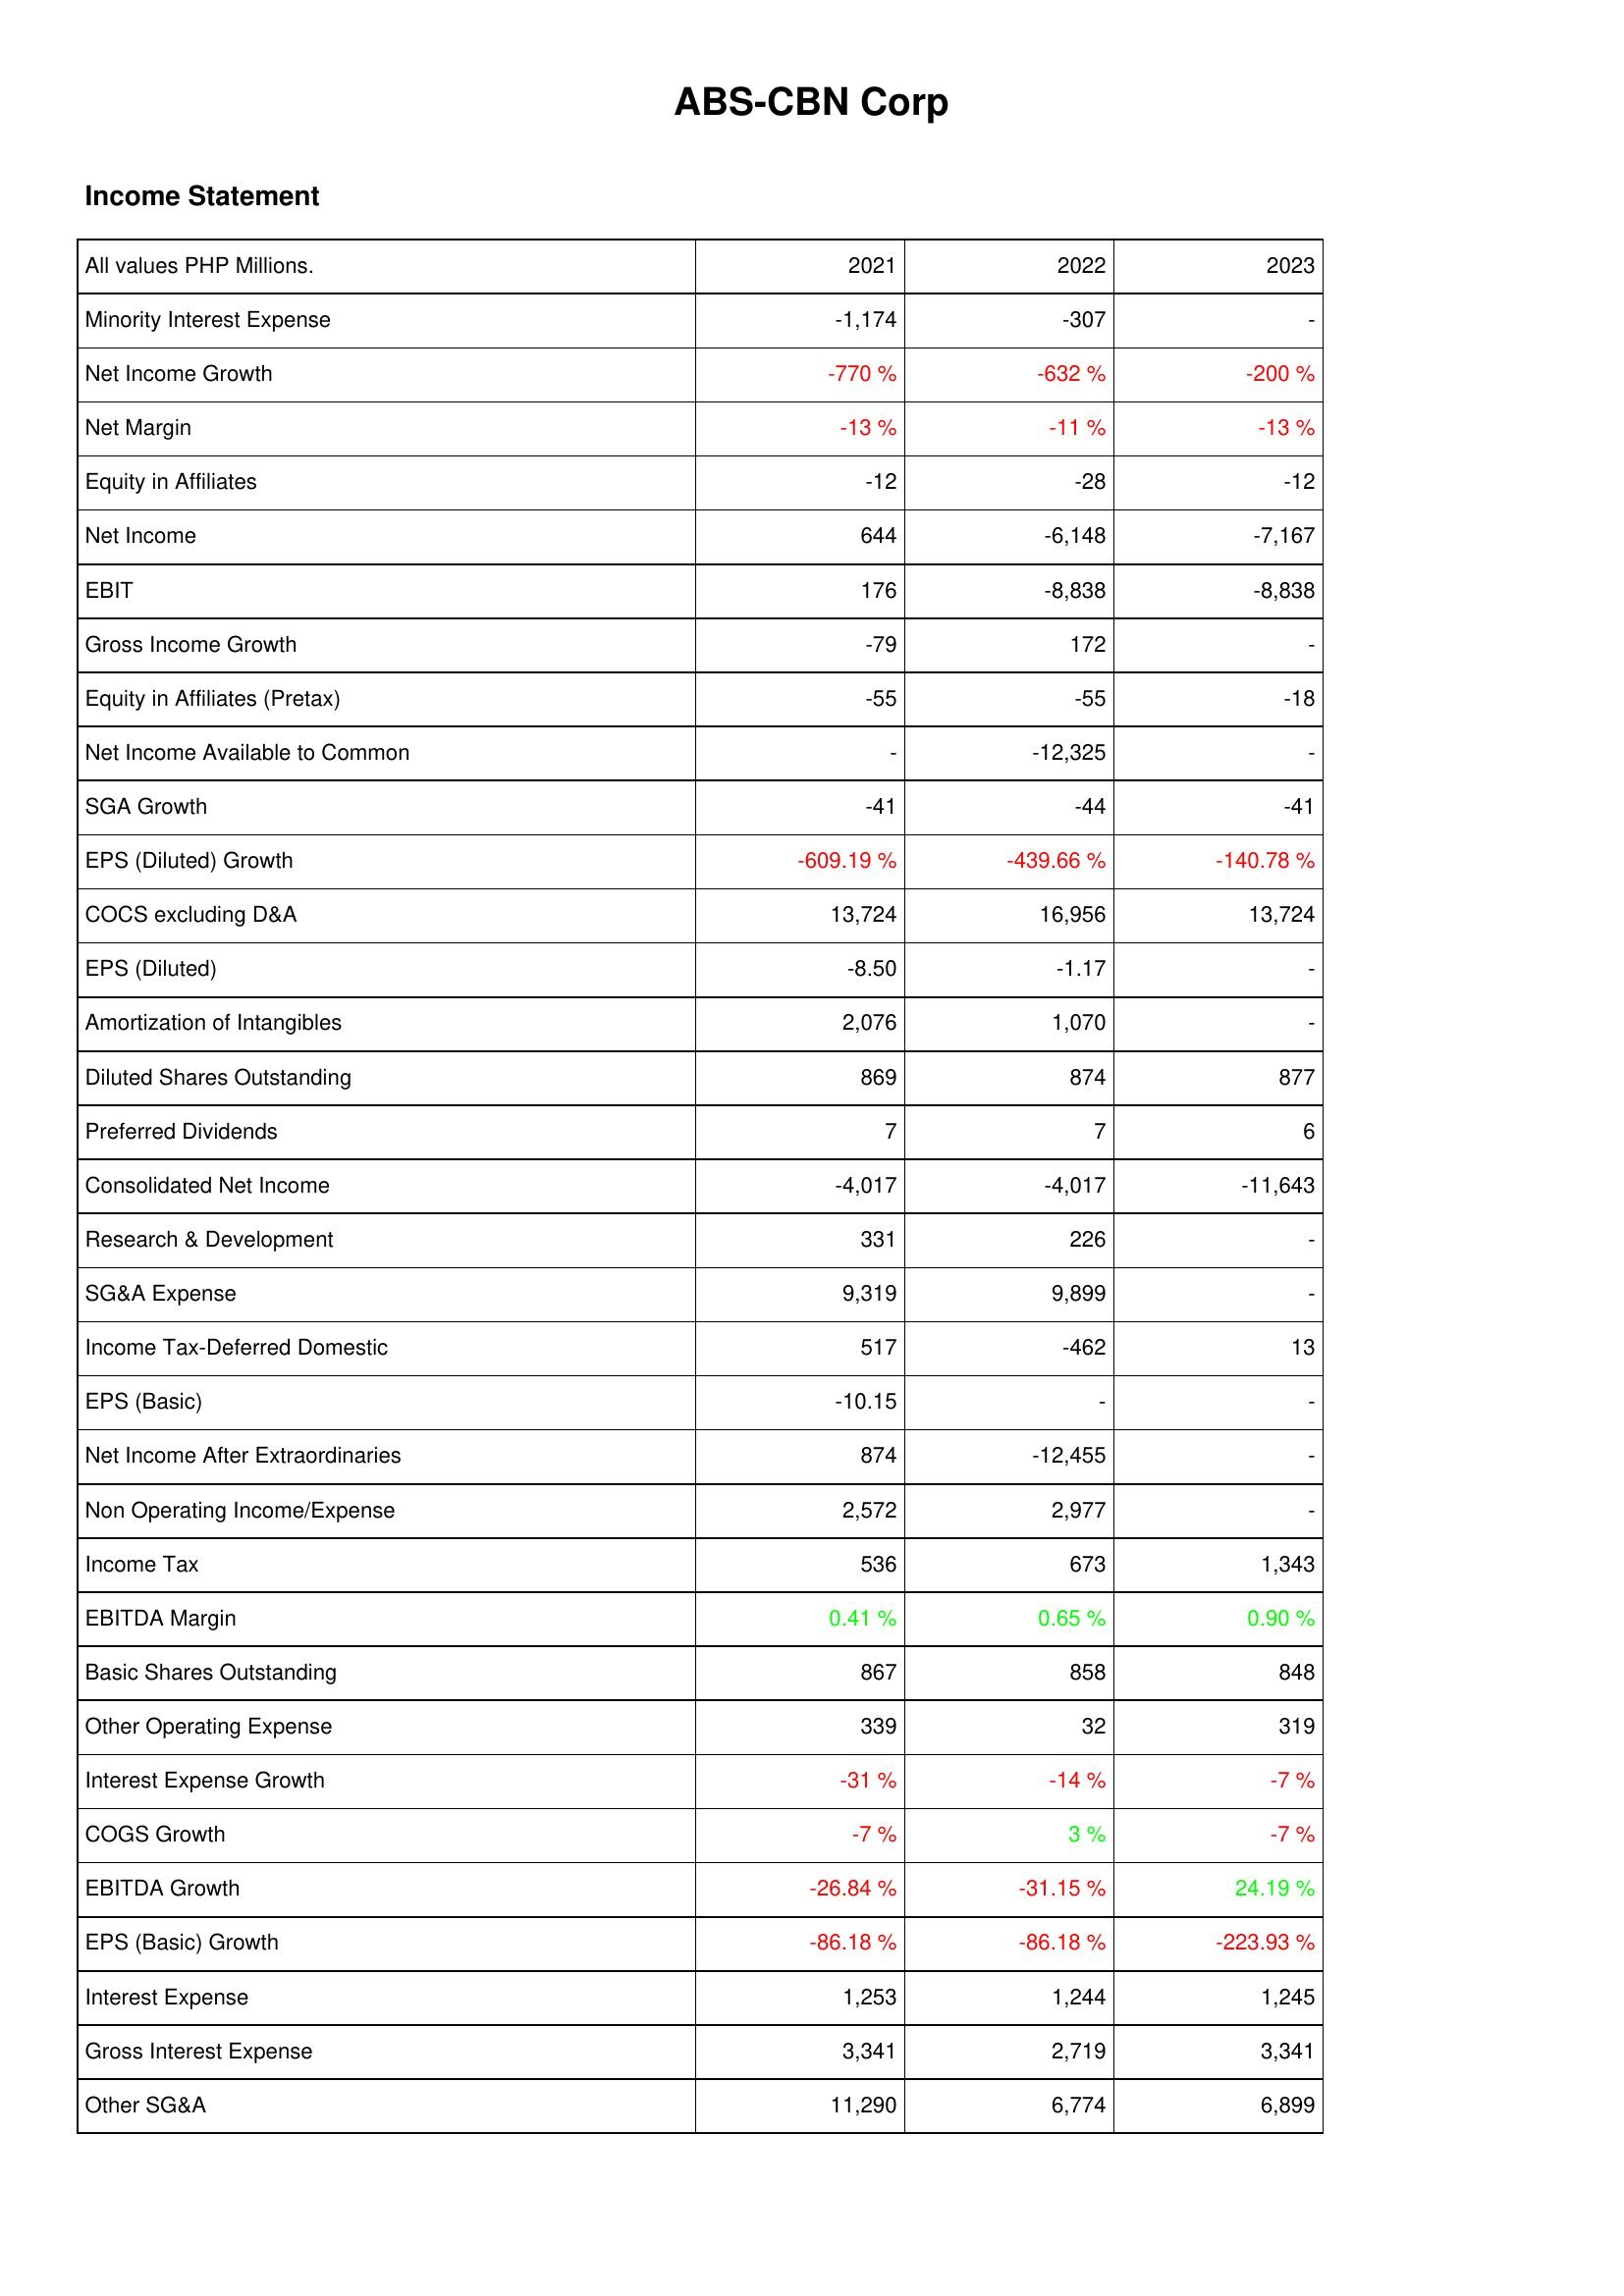
2021: Income Statement: Minority Interest Expense: -1,174
Net Income Growth: -770 %
Net Margin: -13 %
Equity in Affiliates: -12
Net Income: 644
EBIT: 176
Gross Income Growth: -79
Equity in Affiliates (Pretax): -55
Net Income Available to Common: -
SGA Growth: -41
EPS (Diluted) Growth: -609.19 %
COCS excluding D&A: 13,724
EPS (Diluted): -8.50
Amortization of Intangibles: 2,076
Diluted Shares Outstanding: 869
Preferred Dividends: 7
Consolidated Net Income: -4,017
Research & Development: 331
SG&A Expense: 9,319
Income Tax-Deferred Domestic: 517
EPS (Basic): -10.15
Net Income After Extraordinaries: 874
Non Operating Income/Expense: 2,572
Income Tax: 536
EBITDA Margin: 0.41 %
Basic Shares Outstanding: 867
Other Operating Expense: 339
Interest Expense Growth: -31 %
COGS Growth: -7 %
EBITDA Growth: -26.84 %
EPS (Basic) Growth: -86.18 %
Interest Expense: 1,253
Gross Interest Expense: 3,341
Other SG&A: 11,290
2022: Income Statement: Minority Interest Expense: -307
Net Income Growth: -632 %
Net Margin: -11 %
Equity in Affiliates: -28
Net Income: -6,148
EBIT: -8,838
Gross Income Growth: 172
Equity in Affiliates (Pretax): -55
Net Income Available to Common: -12,325
SGA Growth: -44
EPS (Diluted) Growth: -439.66 %
COCS excluding D&A: 16,956
EPS (Diluted): -1.17
Amortization of Intangibles: 1,070
Diluted Shares Outstanding: 874
Preferred Dividends: 7
Consolidated Net Income: -4,017
Research & Development: 226
SG&A Expense: 9,899
Income Tax-Deferred Domestic: -462
EPS (Basic): -
Net Income After Extraordinaries: -12,455
Non Operating Income/Expense: 2,977
Income Tax: 673
EBITDA Margin: 0.65 %
Basic Shares Outstanding: 858
Other Operating Expense: 32
Interest Expense Growth: -14 %
COGS Growth: 3 %
EBITDA Growth: -31.15 %
EPS (Basic) Growth: -86.18 %
Interest Expense: 1,244
Gross Interest Expense: 2,719
Other SG&A: 6,774
2023: Income Statement: Minority Interest Expense: -
Net Income Growth: -200 %
Net Margin: -13 %
Equity in Affiliates: -12
Net Income: -7,167
EBIT: -8,838
Gross Income Growth: -
Equity in Affiliates (Pretax): -18
Net Income Available to Common: -
SGA Growth: -41
EPS (Diluted) Growth: -140.78 %
COCS excluding D&A: 13,724
EPS (Diluted): -
Amortization of Intangibles: -
Diluted Shares Outstanding: 877
Preferred Dividends: 6
Consolidated Net Income: -11,643
Research & Development: -
SG&A Expense: -
Income Tax-Deferred Domestic: 13
EPS (Basic): -
Net Income After Extraordinaries: -
Non Operating Income/Expense: -
Income Tax: 1,343
EBITDA Margin: 0.90 %
Basic Shares Outstanding: 848
Other Operating Expense: 319
Interest Expense Growth: -7 %
COGS Growth: -7 %
EBITDA Growth: 24.19 %
EPS (Basic) Growth: -223.93 %
Interest Expense: 1,245
Gross Interest Expense: 3,341
Other SG&A: 6,899